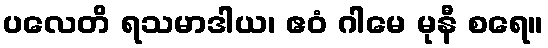
ပလေတိ ရသမာဒါယ၊ ဧဝံ ဂါမေ မုနီ စရေ။